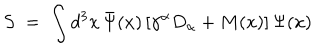
S \; = \; \int d ^ { 3 } x \, { \bar { \Psi } } ( x ) \, [ \gamma ^ { \alpha } D _ { \alpha } + M ( x ) ] \, \Psi ( x )